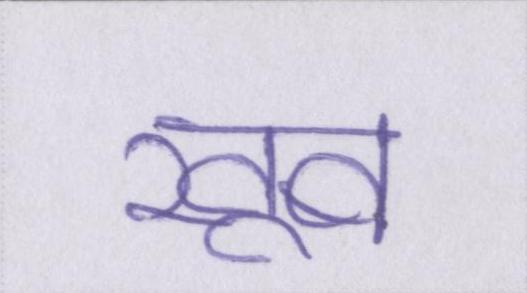
खूब